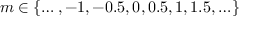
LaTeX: m \in \{ \ldots , - 1 , - 0 . 5 , 0 , 0 . 5 , 1 , 1 . 5 , \ldots \}